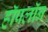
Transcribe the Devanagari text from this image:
हॉपलॉन